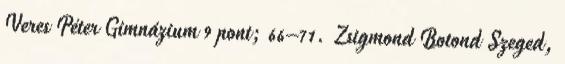
Veres Péter Gimnázium 9 pont; 66–71. Zsigmond Botond Szeged,